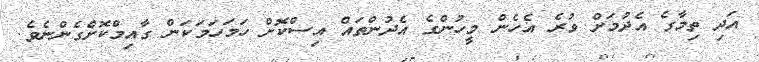
އަދި ތިމާގެ އެދުމަށް ވުރެ އެހެން މީހުންގެ އެދުންތައް އިސްކޮށް ހަމަހަމަކަން ގާއިމްކޮށްގެންނެވެ.